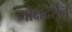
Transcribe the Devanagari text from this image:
मोक्षदर्शन